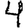
Digit: 4